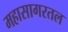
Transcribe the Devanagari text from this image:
महासागरतल